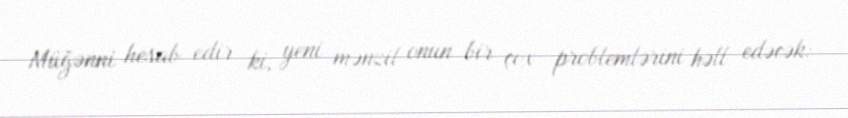
Müğənni hesab edir ki, yeni mənzil onun bir çox problemlərini həll edəcək: